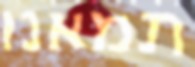
תמאנו